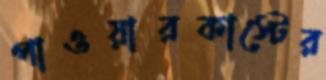
পাওয়ারকাস্টের